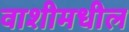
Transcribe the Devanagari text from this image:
वाशीमधील